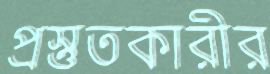
প্রস্তুতকারীর